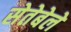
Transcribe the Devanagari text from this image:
सेतेबेले